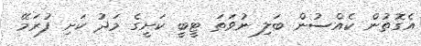
އެގޮތުން ކެއްސުން ބަލި ނުވަތަ ޓީބީ ކަށީގެ މަދު ކަށި ފުރަމޭ